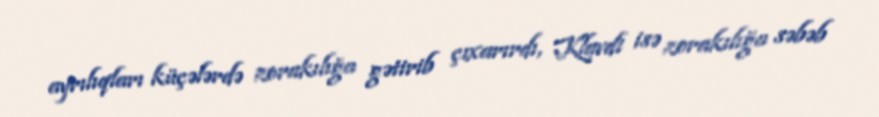
ayrılıqları küçələrdə zorakılığa gətirib çıxarırdı, Klavdi isə zorakılığa səbəb